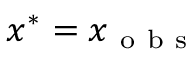
x ^ { * } = x _ { \mathrm { ~ o ~ b ~ s ~ } }